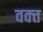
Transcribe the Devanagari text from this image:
वक्त्त